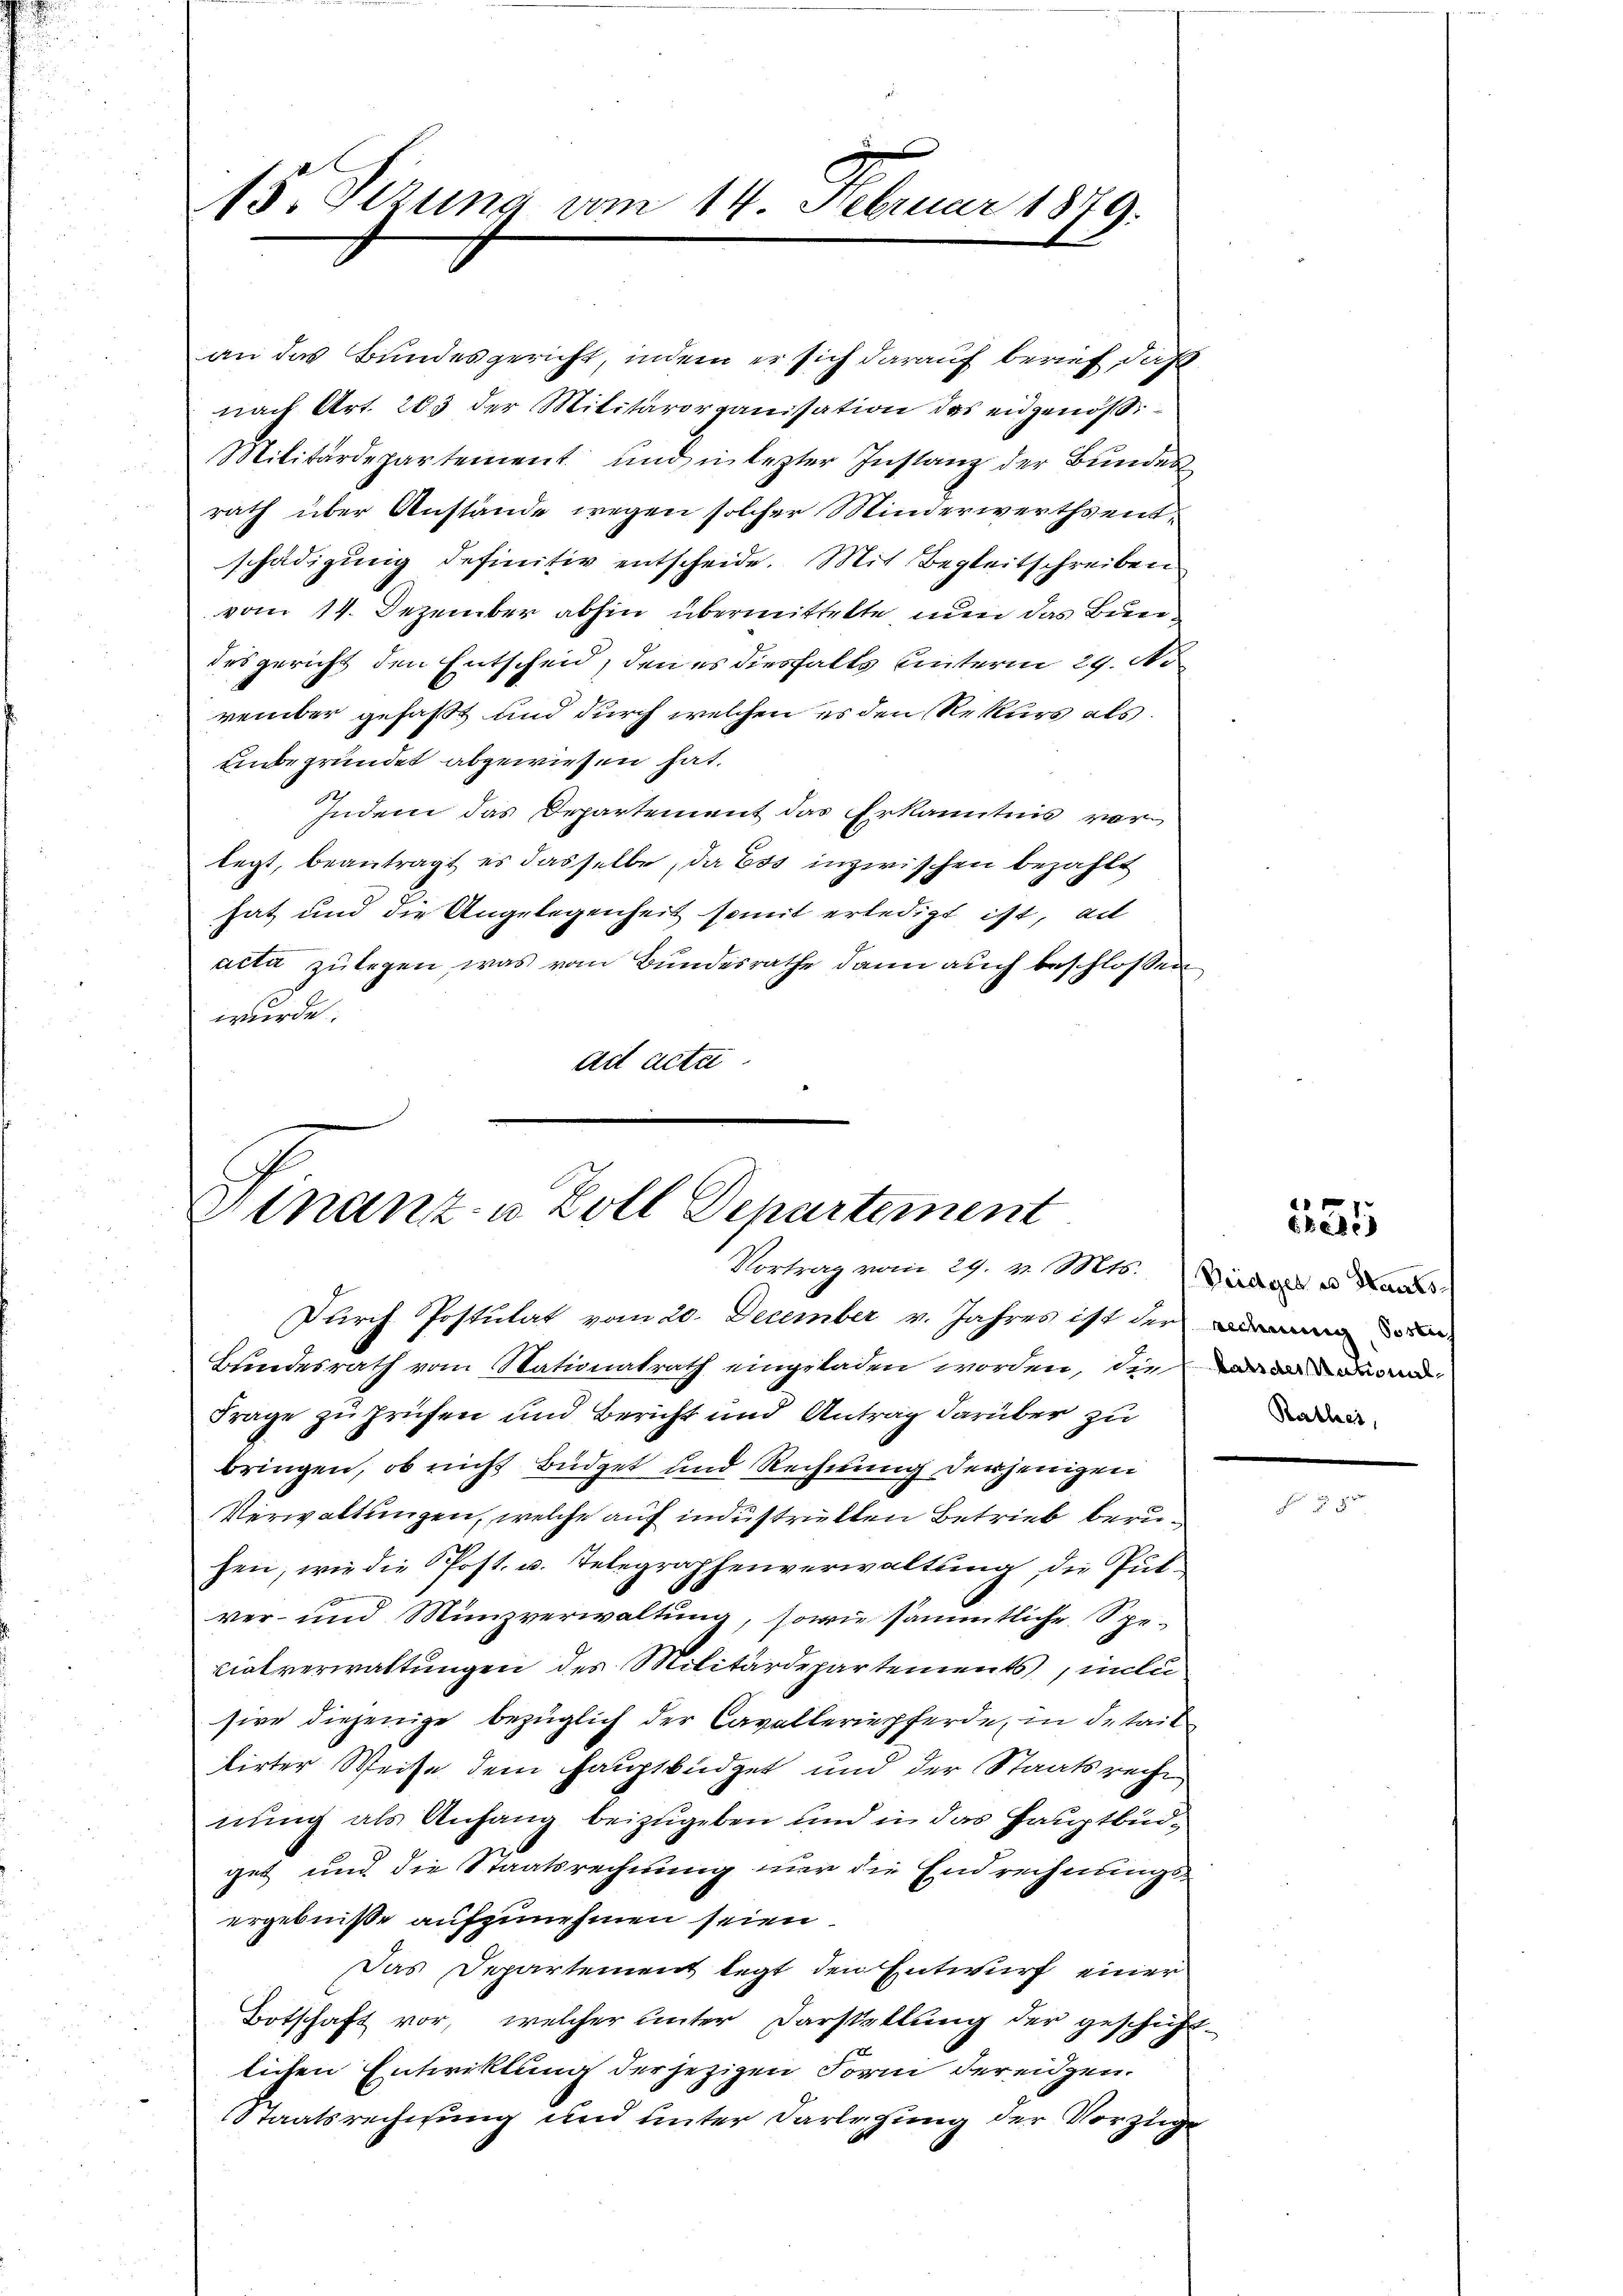
15. Sizung vom 14. Februar 1879.

an das Bundesgericht, indem er sich darauf berief, daß
nach Art. 263 der Militärorganisation des eidgenöß
Militärdepartement und in lezter Instanz der Bundes
rath über Anstände wegen solcher Minderwerthentschädigung definitiv entscheide. Mit Begleitschreiben
vom 14. Dezember abhin übermittelte, nun das Bun
desgericht den Entscheid, den es diesfalls unterm 29. No
vember gefaßt und durch welchen es den Rekurs als
unbegründet abgewiesen hat.
Indem das Departement das Erkanntnis vorlegt, beantragt es dasselbe, da Eis inzwischen bezahlt
hat und die Angelegenheit somit erledigt ist, al
acta zulegen, was vom Bundesrathe dann auch beschlossen
wurde.
det acta

Finanz- u. Zoll Departement
Vortrag vom 29. v. Mts. (Wird der es Haus¬

Durch Postulat vom 20. December v. Jahres ist der
Bundesrath vom Stationalrath eingeladen worden, die und wand
Frage zu prüfen und Bericht und Antrag darüber zu
bringen, ob nicht Büdget und Rechnung derjenigen
Verwaltungen, welche auf industriellen Betrieb beruhen, wie die Post- u. Telegraphenverwaltung die Putver- und Münzverwaltung, sowie sämmtliche Spevialverwaltungen des Militärdepartements, intu
sive diejenige bezüglich der Cavalleriepferde, in detail
tirter Weise dem Hauptbüdget und der Staatsrecht
nung als Anfang beizugeben und in das Hauptbüdget und die Staatsrechnung nur die Endrechnungs-
ergebniße aufzunehmen seien.
Das Departement legt den Entwurf einer
Botschaft vor, welcher unter Darstellung der geschicht.
lichen Entwicklung der jezigen Form der eidgen.
Staatsrechnung und unter Darlegung der Vorzuge

155

Rathes,